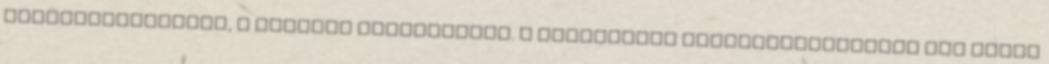
Székesfehérváron, a Nemzeti Emlékhelyen. A Koronázási Szertartásjátékra már lehet